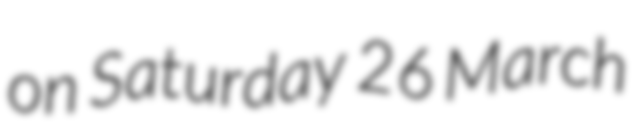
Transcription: on Saturday 26 March